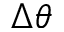
\Delta \theta